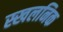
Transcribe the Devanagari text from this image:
स्खलनिक